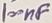
Text: 100nF